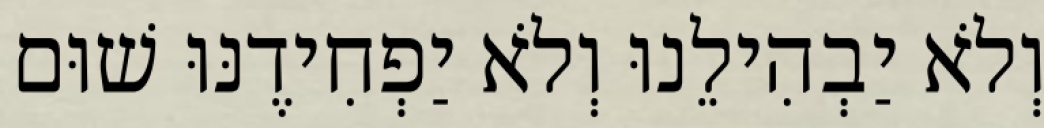
וְלֹא יַבְהִילֵנוּ וְלֹא יַפְחִידֶנּוּ שׁוּם